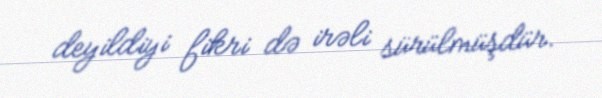
deyildiyi fikri də irəli sürülmüşdür.